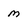
Character: m